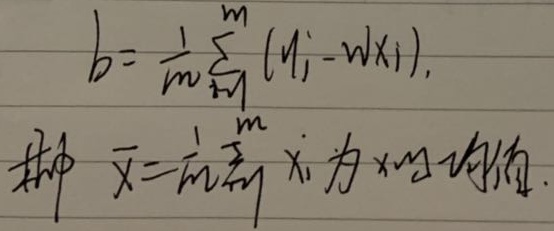
设\(\overline{x}=\frac{1}{m}\sum_{i = 1}^{m}x_{i}\)为\(x\)的均值，有
\[b = \frac{1}{m}\sum_{i = 1}^{m}(y_{i}-wx_{i}).\]